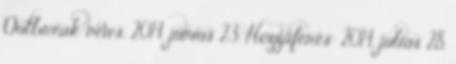
Outbreak news, 2014. június 23. Hozzáférés: 2014. július 28.